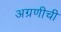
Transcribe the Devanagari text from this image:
अग्रणीची